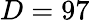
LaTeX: D=97